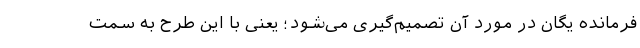
فرمانده یگان در مورد آن تصمیم‌گیری می‌شود؛ یعنی با این طرح به سمت